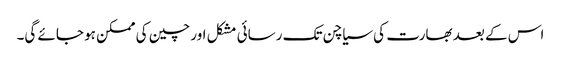
اس کے بعد بھارت کی سیاچن تک رسائی مشکل اور چین کی ممکن ہو جائے گی۔